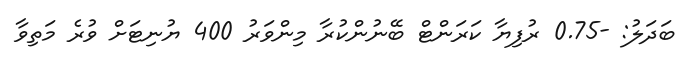
ބަދަލު: -0.75 ރުފިޔާ ކަރަންޓް ބޭނުންކުރާ މިންވަރު 400 ޔުނިޓަށް ވުރެ މަތިވާ